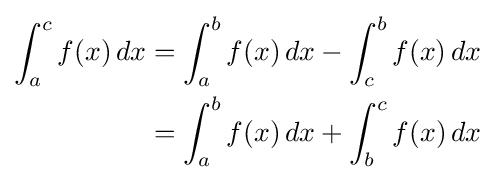
{\begin{aligned}\int _{a}^{c}f(x)\,dx&{}=\int _{a}^{b}f(x)\,dx-\int _{c}^{b}f(x)\,dx\\&{}=\int _{a}^{b}f(x)\,dx+\int _{b}^{c}f(x)\,dx\end{aligned}}